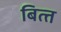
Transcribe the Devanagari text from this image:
बित्‍त